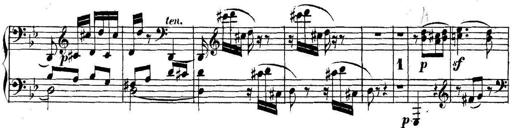
Title: Collected Piano Sonatas
Composer: Muzio Clementi